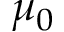
\mu _ { 0 }